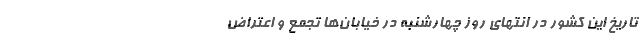
تاریخ این کشور در انتهای روز چهارشنبه در خیابان‌ها تجمع و اعتراض